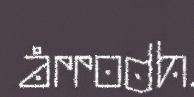
årrodh.